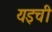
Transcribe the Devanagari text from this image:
यइची